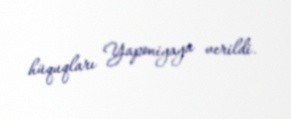
hüquqları Yaponiyaya verildi.